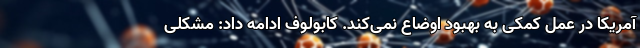
آمریکا در عمل کمکی به بهبود اوضاع نمی‌کند. کابولوف ادامه داد: مشکلی